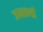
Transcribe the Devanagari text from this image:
जमखण्डी